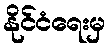
နိုင်ငံရေးမှ